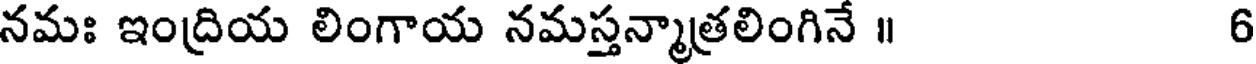
నమః ఇంద్రియ లింగాయ నమస్తన్మాత్రలింగినే ॥ 6